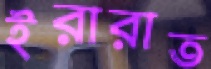
ইরারাত